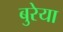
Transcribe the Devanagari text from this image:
बुरेया